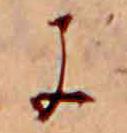
に